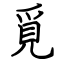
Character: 覓